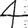
Digit: 4